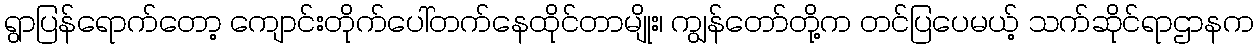
ရွာပြန်ရောက်တော့ ကျောင်းတိုက်ပေါ်တက်နေထိုင်တာမျိုး၊ ကျွန်တော်တို့က တင်ပြပေမယ့် သက်ဆိုင်ရာဌာနက